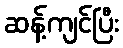
ဆန့်ကျင်ပြီး